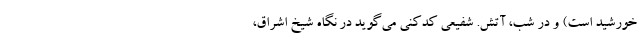
خورشید است) و در شب، آتش. شفیعی کدکنی می‌گوید در نگاه شیخ اشراق،